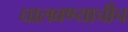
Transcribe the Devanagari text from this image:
घालवण्याचीच